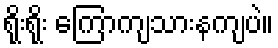
ရိုးရိုး ကြောကျသားနကျပဲ။